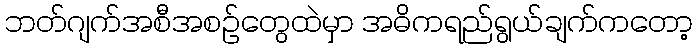
ဘတ်ဂျက်အစီအစဉ်တွေထဲမှာ အဓိကရည်ရွယ်ချက်ကတော့